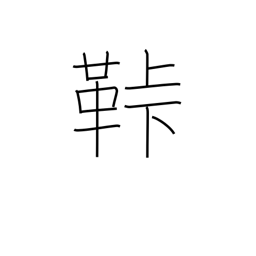
Meaning: fastener